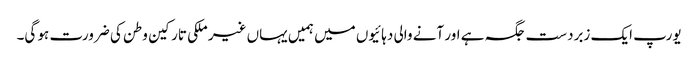
یورپ ایک زبردست جگہ ہے اور آنے والی دہائیوں میں ہمیں یہاں غیر ملکی تارکین وطن کی ضرورت ہو گی۔